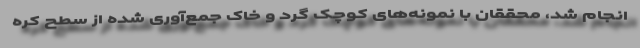
انجام شد، محققان با نمونه‌های کوچک گرد و خاک جمع‌آوری شده از سطح کره